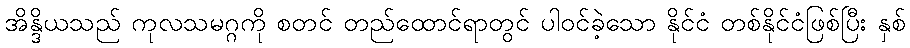
အိန္ဒိယသည် ကုလသမဂ္ဂကို စတင် တည်ထောင်ရာတွင် ပါဝင်ခဲ့သော နိုင်ငံ တစ်နိုင်ငံဖြစ်ပြီး နှစ်